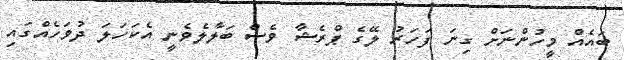
ބައެއް މީހުންނަށް ގިނަ ފަހަރު ލޭގެ ޕްރެޝާ ވެސް ބަލާލެވެނީ އެކަހަލަ ދުވަހެއްގައި